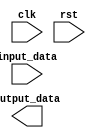
module generate_parameterized_module #(parameter WIDTH = 8)
  (
    input          clk,
    input          rst,
    input  [WIDTH-1:0] input_data,
    output [WIDTH-1:0] output_data
  );

  // Add your module functionality here

endmodule